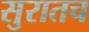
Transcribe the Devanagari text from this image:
सुरातच